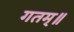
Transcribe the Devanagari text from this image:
गतम्॥